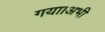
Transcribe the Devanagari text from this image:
गया।अभी